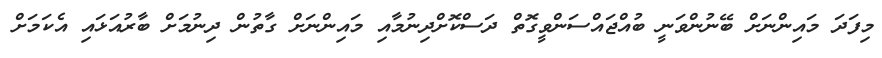
މިފަދަ މައިންނަށް ބޭނުންވަނީ ބުއްޖައްސަންވީގޮތް ދަސްކޮށްދިނުމާއި މައިންނަށް ގާތުން ދިނުމަށް ބާރުއަޅައި އެކަމަށް